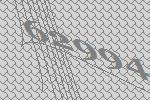
62994